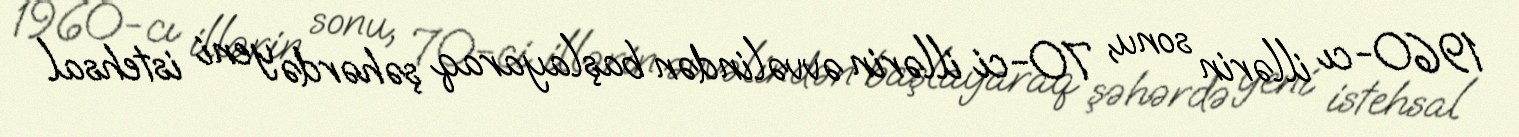
1960-cı illərin sonu, 70-ci illərin əvvəlindən başlayaraq şəhərdə yeni istehsal